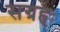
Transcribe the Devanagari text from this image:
सग्रहः